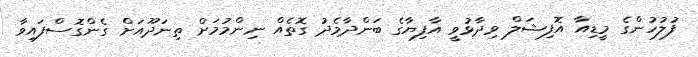
ފުލުހުންގެ މީޑިއާ އޮފިޝަލް ވިދާޅުވީ އާފިޔާގެ ބަންދާމެދު ގޮތެއް ނިންމުމަށް ތިނަދޫއަށް ގެންގޮސްފައިވާ